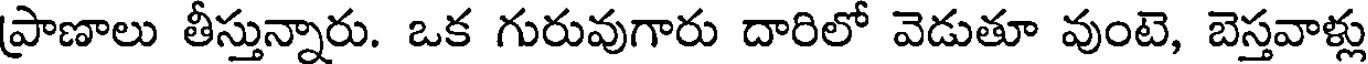
ప్రాణాలు తీస్తున్నారు. ఒక గురువుగారు దారిలో వెడుతూ వుంటె, బెస్తవాళ్లు